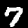
Digit: 7